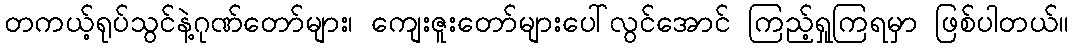
တကယ့်ရုပ်သွင်နဲ့ဂုဏ်တော်များ၊ ကျေးဇူးတော်များပေါ်လွင်အောင် ကြည့်ရှုကြရမှာ ဖြစ်ပါတယ်။